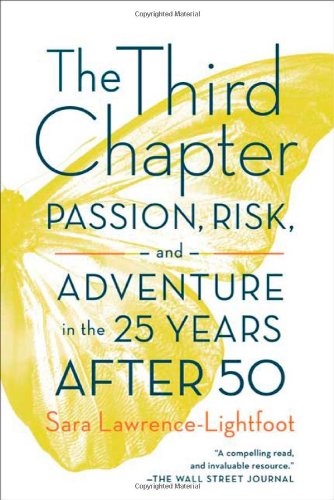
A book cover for The Third Chapter: Passion, Risk, and Adventure in the 25 Years After 50; Sara Lawrence-Lightfoot; Self-Help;